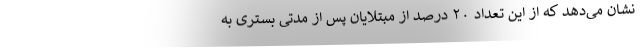
نشان می‌دهد که از این تعداد ۲۰ درصد از مبتلایان پس از مدتی بستری به